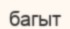
багыт